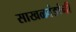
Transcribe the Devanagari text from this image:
साखळदंडांनी